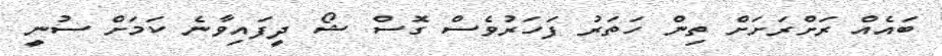
ބައެއް ރަށްރަށަށް ތިން ހަތަރު ފަހަރުވެސް ގޮސް ޝޯ ދީފައިވާނެ ކަމަށް ސުނީ